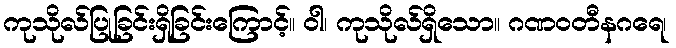
ကုသိုလ်ပြုခြင်းရှိခြင်းကြောင့်။ ဝါ၊ ကုသိုလ်ရှိသော။ ဂဏဝတီနဂရေ၊